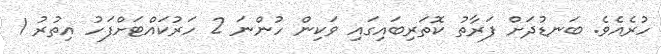
ހުރެއެވެ. ބަނޑުދަށް ފަރާތު ކޮތަރިބައިގައި ވަކިން ހުންނަ 2 ހަރުކައްޓަށްފަހު އިތުރު 1